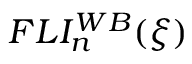
F L I _ { n } ^ { W B } ( \boldsymbol { \xi } )